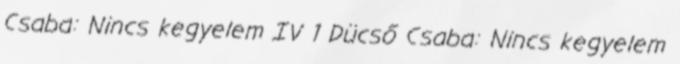
Csaba: Nincs kegyelem IV 1 Dücső Csaba: Nincs kegyelem